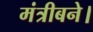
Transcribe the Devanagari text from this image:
मंत्रीबने।